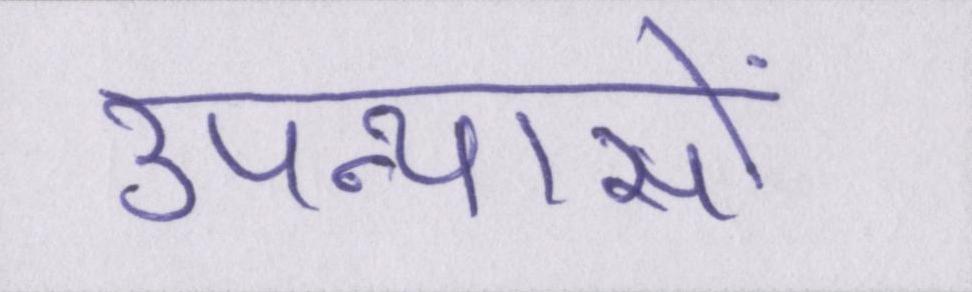
उपन्यासों